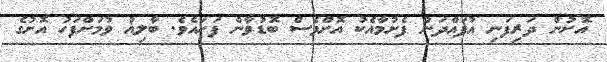
އޮށުން ދަރިފަނި އުފައްދަން ފެށުމާއެކު އޮށްވެސް ބޮޑުވާން ފަށައެވެ. ބާލިޣު ވުމަށްފަހު އޮށުގެ